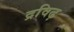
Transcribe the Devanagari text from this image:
द्रविढ़